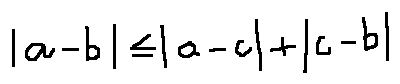
| a - b | \leq | a - c | + | c - b |